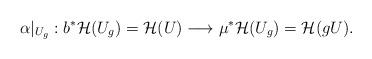
LaTeX: \begin{align*}\alpha|_{U_g}:b^*{\mathcal H}(U_g)={\mathcal H}(U)\longrightarrow\mu^*{\mathcal H}(U_g)={\mathcal H}(gU).\end{align*}